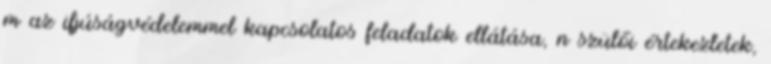
m az ifjúságvédelemmel kapcsolatos feladatok ellátása, n szülői értekezletek,